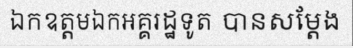
ឯកឧត្តមឯកអគ្គរដ្ឋទូត បានសម្តែង